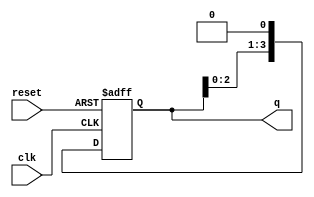
module RingCounter (
    input clk,
    input reset,
    output reg [N-1:0] q
);

parameter N = 4; // Number of flip-flops in the ring counter

reg [N-1:0] next_q;

always @(posedge clk or posedge reset) begin
    if(reset) begin
        q <= 1'b1;
    end else begin
        q <= next_q;
    end
end

always @* begin
    next_q = q << 1;
    if(next_q == (1 << N))
        next_q = 1;
end

endmodule